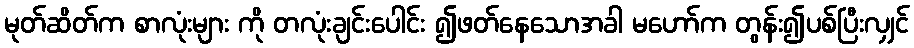
မုတ်ဆိတ်က စာလုံးများ ကို တလုံးချင်းပေါင်း ၍ဖတ်နေသောအခါ မဟော်က တွန်း၍ပစ်ပြီးလျှင်